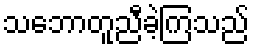
သဘောတူညီခဲ့ကြသည်